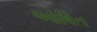
ઓષિત